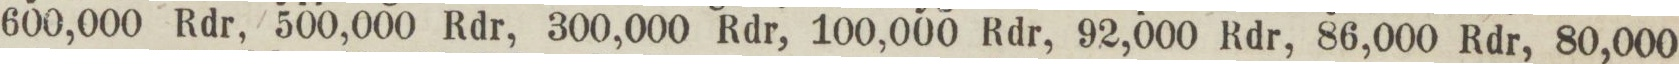
600,000 Rdr, 500,000 Rdr, 300,000 Rdr, 100,000 Rdr, 92,000 Rdr, 86,000 Rdr, 80,000